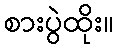
စားပွဲထိုး။